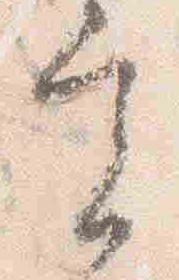
実